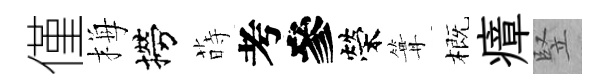
僅梅撈蒔考參榮篝概瘴竪